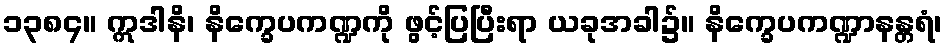
၁၃၈၄။ ဣဒါနိ၊ နိက္ခေပကဏ္ဍကို ဖွင့်ပြပြီးရာ ယခုအခါ၌။ နိက္ခေပကဏ္ဍာနန္တရံ၊